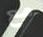
مع